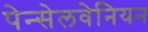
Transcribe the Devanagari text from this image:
पेन्सेलवेनियन